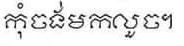
កុំចង់មកលួច។